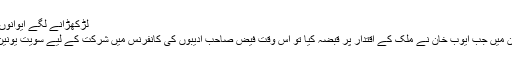
لڑکھڑانے لگے ایوانوں میں خوابیدہ چراخ
سن انیس سو اٹھاون میں جب ایوب خان نے ملک کے اقتدار پر قبضہ کیا تو اس وقت فیض صاحب ادیبوں کی کانفرنس میں شرکت کے لیے سویت یونین گئے ہوئے تھے۔